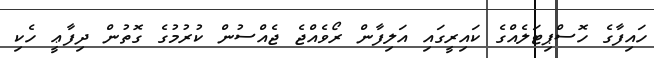
ހައިފާގެ ހޮސްޕިޓަލެއްގެ ކައިރީގައި އަލިފާން ރޯވެއްޖެ ޖެއްސުން ކުރުމުގެ ގޮތުން ދިފާޢީ ހެކި